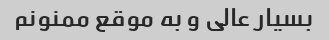
بسیار عالی و به موقع ممنونم